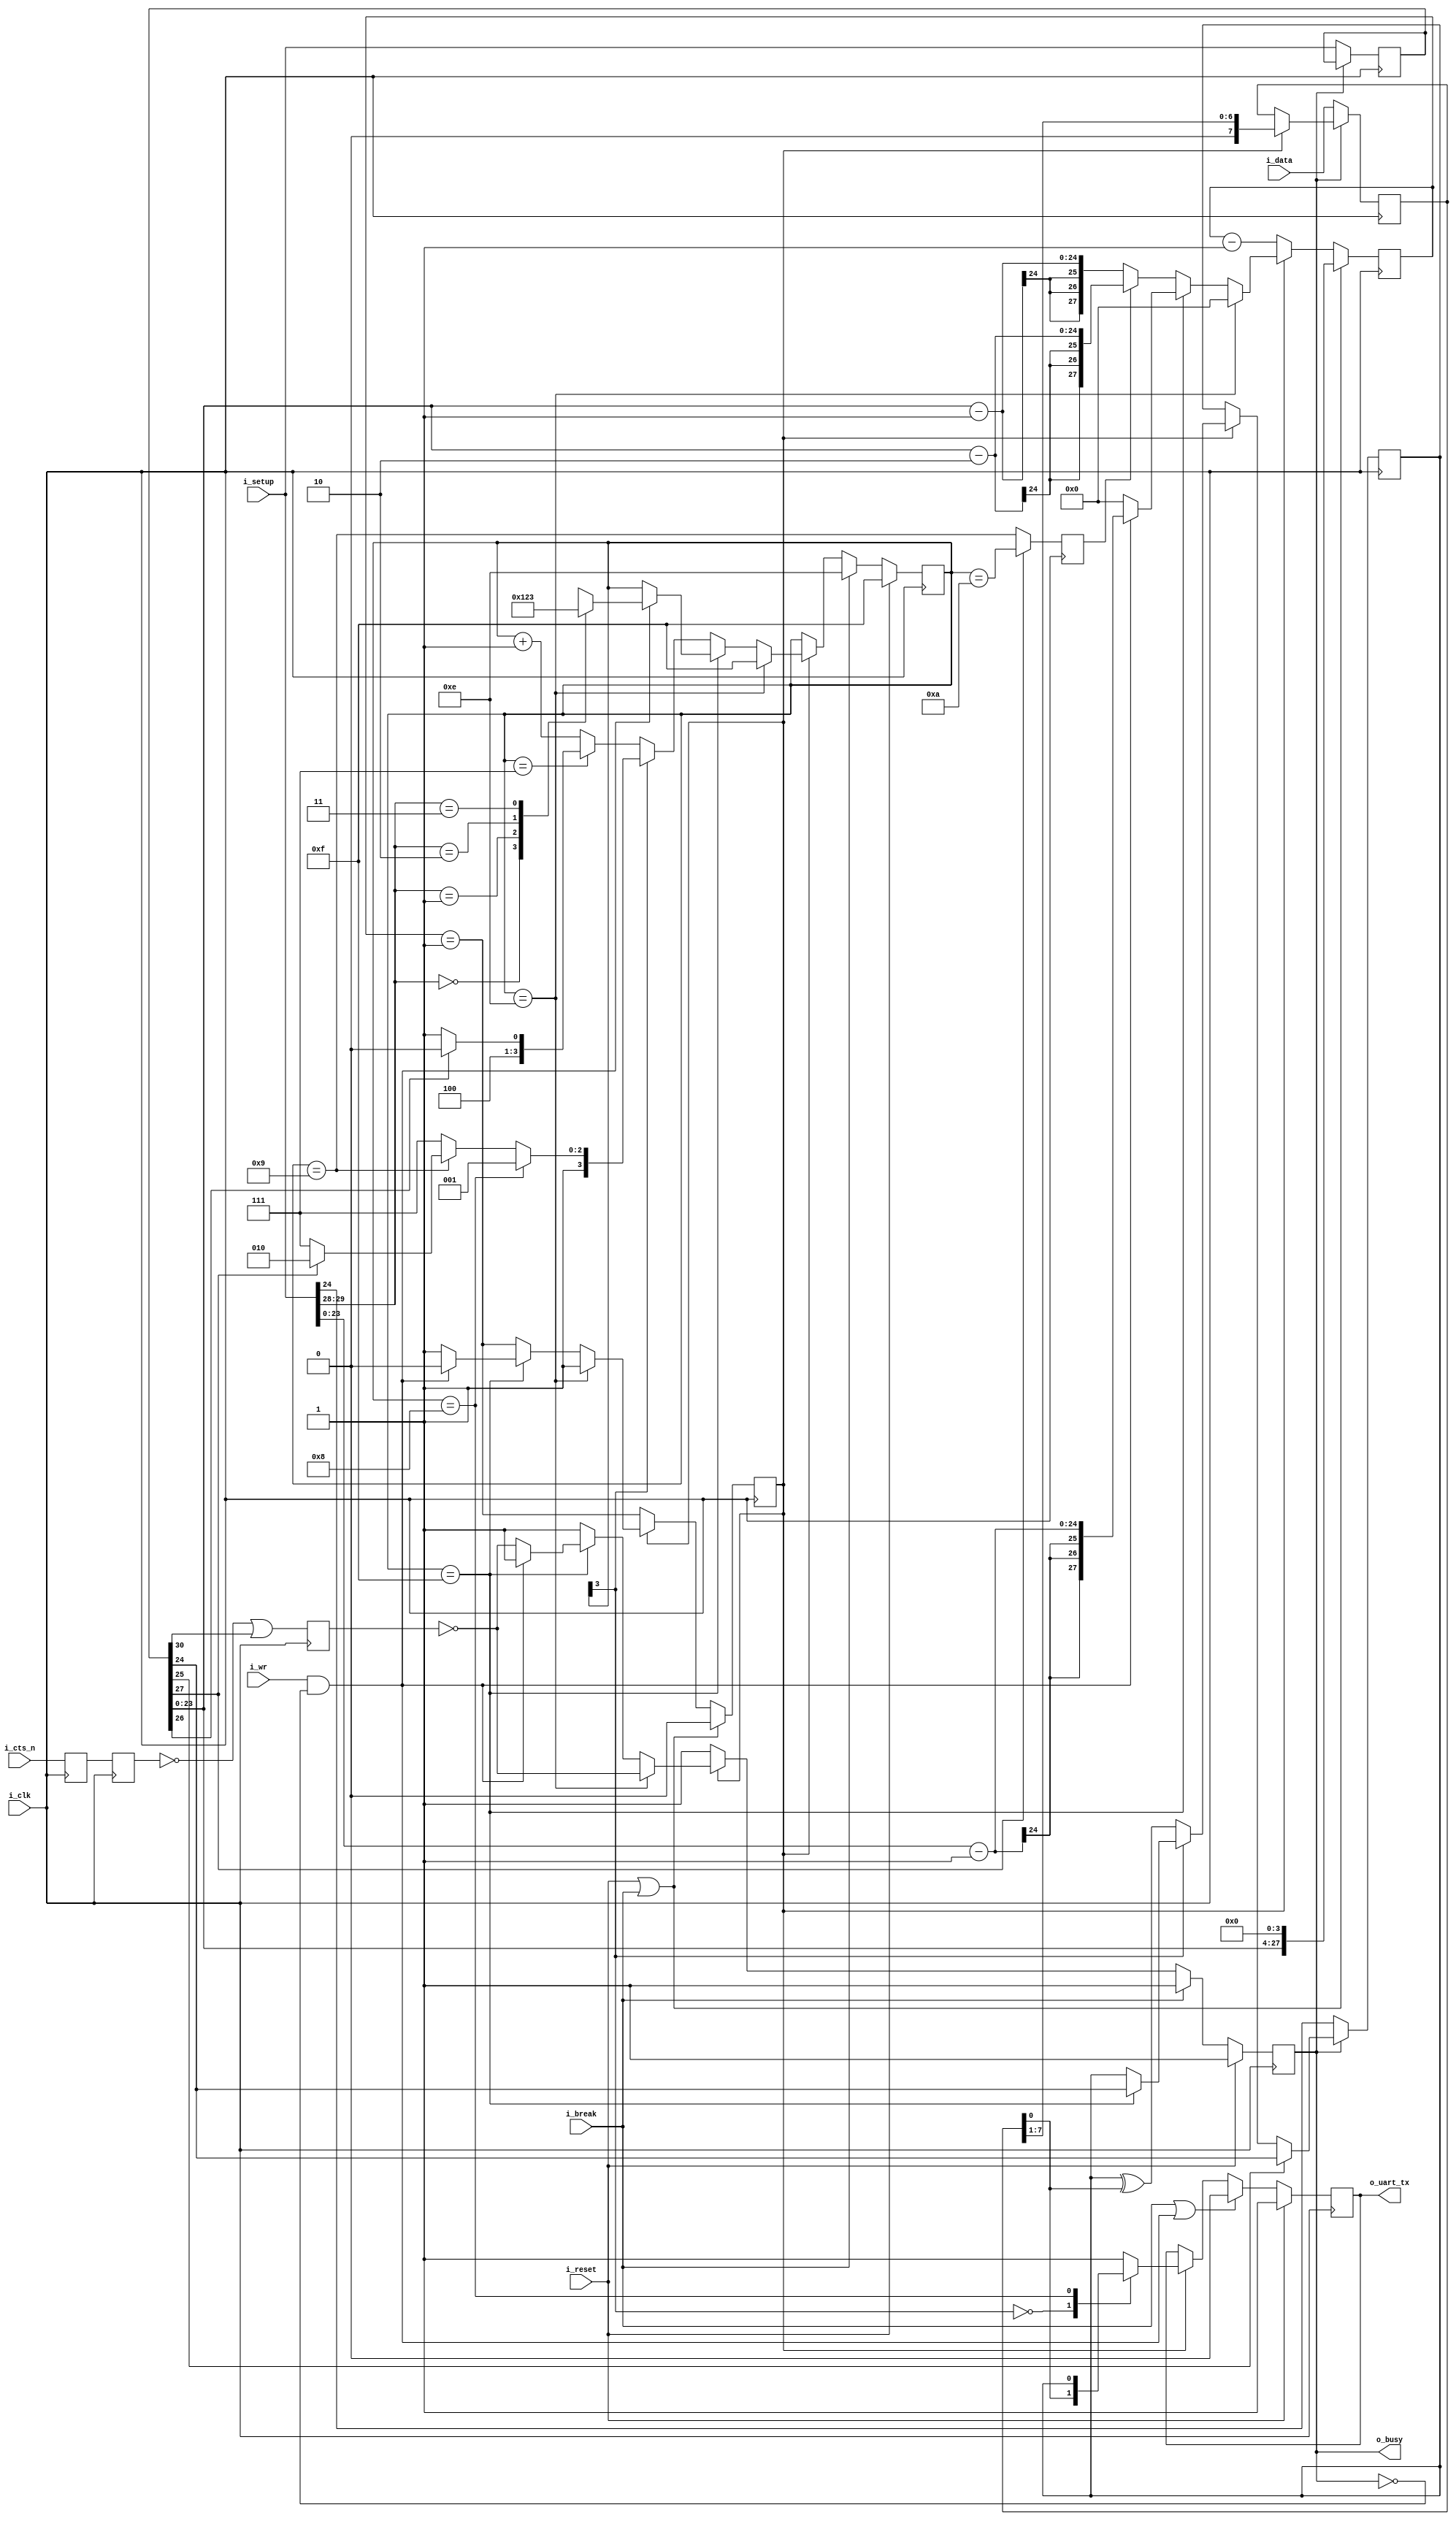
////////////////////////////////////////////////////////////////////////////////
//
//
// Project:	wbuart32, a full featured UART with simulator
//
// Purpose:	Transmit outputs over a single UART line.
//
//	To interface with this module, connect it to your system clock,
//	pass it the 32 bit setup register (defined below) and the byte
//	of data you wish to transmit.  Strobe the i_wr line high for one
//	clock cycle, and your data will be off.  Wait until the 'o_busy'
//	line is low before strobing the i_wr line again--this implementation
//	has NO BUFFER, so strobing i_wr while the core is busy will just
//	cause your data to be lost.  The output will be placed on the o_txuart
//	output line.  If you wish to set/send a break condition, assert the
//	i_break line otherwise leave it low.
//
//	There is a synchronous reset line, logic high.
//
//	Now for the setup register.  The register is 32 bits, so that this
//	UART may be set up over a 32-bit bus.
//
//	i_setup[30]	Set this to zero to use hardware flow control, and to
//		one to ignore hardware flow control.  Only works if the hardware
//		flow control has been properly wired.
//
//		If you don't want hardware flow control, fix the i_rts bit to
//		1'b1, and let the synthesys tools optimize out the logic.
//
//	i_setup[29:28]	Indicates the number of data bits per word.  This will
//		either be 2'b00 for an 8-bit word, 2'b01 for a 7-bit word, 2'b10
//		for a six bit word, or 2'b11 for a five bit word.
//
//	i_setup[27]	Indicates whether or not to use one or two stop bits.
//		Set this to one to expect two stop bits, zero for one.
//
//	i_setup[26]	Indicates whether or not a parity bit exists.  Set this
//		to 1'b1 to include parity.
//
//	i_setup[25]	Indicates whether or not the parity bit is fixed.  Set
//		to 1'b1 to include a fixed bit of parity, 1'b0 to allow the
//		parity to be set based upon data.  (Both assume the parity
//		enable value is set.)
//
//	i_setup[24]	This bit is ignored if parity is not used.  Otherwise,
//		in the case of a fixed parity bit, this bit indicates whether
//		mark (1'b1) or space (1'b0) parity is used.  Likewise if the
//		parity is not fixed, a 1'b1 selects even parity, and 1'b0
//		selects odd.
//
//	i_setup[23:0]	Indicates the speed of the UART in terms of clocks.
//		So, for example, if you have a 200 MHz clock and wish to
//		run your UART at 9600 baud, you would take 200 MHz and divide
//		by 9600 to set this value to 24'd20834.  Likewise if you wished
//		to run this serial port at 115200 baud from a 200 MHz clock,
//		you would set the value to 24'd1736
//
//	Thus, to set the UART for the common setting of an 8-bit word, 
//	one stop bit, no parity, and 115200 baud over a 200 MHz clock, you
//	would want to set the setup value to:
//
//	32'h0006c8		// For 115,200 baud, 8 bit, no parity
//	32'h005161		// For 9600 baud, 8 bit, no parity
//	
//
// Creator:	Dan Gisselquist, Ph.D.
//		Gisselquist Technology, LLC
//
////////////////////////////////////////////////////////////////////////////////
//
// Copyright (C) 2015-2019, Gisselquist Technology, LLC
//
// This program is free software (firmware): you can redistribute it and/or
// modify it under the terms of  the GNU General Public License as published
// by the Free Software Foundation, either version 3 of the License, or (at
// your option) any later version.
//
// This program is distributed in the hope that it will be useful, but WITHOUT
// ANY WARRANTY; without even the implied warranty of MERCHANTIBILITY or
// FITNESS FOR A PARTICULAR PURPOSE.  See the GNU General Public License
// for more details.
//
// You should have received a copy of the GNU General Public License along
// with this program.  (It's in the $(ROOT)/doc directory.  Run make with no
// target there if the PDF file isn't present.)  If not, see
// <http://www.gnu.org/licenses/> for a copy.
//
// License:	GPL, v3, as defined and found on www.gnu.org,
//		http://www.gnu.org/licenses/gpl.html
//
//
////////////////////////////////////////////////////////////////////////////////
//
//
`default_nettype	none
//
//
module txuart(i_clk, i_reset, i_setup, i_break, i_wr, i_data,
		i_cts_n, o_uart_tx, o_busy);
	parameter	[30:0]	INITIAL_SETUP = 31'd868;
	//
	localparam 	[3:0]	TXU_BIT_ZERO  = 4'h0;
	localparam 	[3:0]	TXU_BIT_ONE   = 4'h1;
	localparam 	[3:0]	TXU_BIT_TWO   = 4'h2;
	localparam 	[3:0]	TXU_BIT_THREE = 4'h3;
	localparam 	[3:0]	TXU_BIT_FOUR  = 4'h4;
	localparam 	[3:0]	TXU_BIT_FIVE  = 4'h5;
	localparam 	[3:0]	TXU_BIT_SIX   = 4'h6;
	localparam 	[3:0]	TXU_BIT_SEVEN = 4'h7;
	localparam 	[3:0]	TXU_PARITY    = 4'h8;
	localparam 	[3:0]	TXU_STOP      = 4'h9;
	localparam 	[3:0]	TXU_SECOND_STOP = 4'ha;
	//
	localparam 	[3:0]	TXU_BREAK     = 4'he;
	localparam 	[3:0]	TXU_IDLE      = 4'hf;
	//
	//
	input	wire		i_clk, i_reset;
	input	wire	[30:0]	i_setup;
	input	wire		i_break;
	input	wire		i_wr;
	input	wire	[7:0]	i_data;
	// Hardware flow control Ready-To-Send bit.  Set this to one to use
	// the core without flow control.  (A more appropriate name would be
	// the Ready-To-Receive bit ...)
	input	wire		i_cts_n;
	// And the UART input line itself
	output	reg		o_uart_tx;
	// A line to tell others when we are ready to accept data.  If
	// (i_wr)&&(!o_busy) is ever true, then the core has accepted a byte
	// for transmission.
	output	wire		o_busy;

	wire	[27:0]	clocks_per_baud, break_condition;
	wire	[1:0]	i_data_bits, data_bits;
	wire		use_parity, parity_odd, dblstop, fixd_parity,
			fixdp_value, hw_flow_control, i_parity_odd;
	reg	[30:0]	r_setup;
	assign	clocks_per_baud = { 4'h0, r_setup[23:0] };
	assign	break_condition = { r_setup[23:0], 4'h0 };
	assign	hw_flow_control = !r_setup[30];
	assign	i_data_bits     =  i_setup[29:28];
	assign	data_bits       =  r_setup[29:28];
	assign	dblstop         =  r_setup[27];
	assign	use_parity      =  r_setup[26];
	assign	fixd_parity     =  r_setup[25];
	assign	i_parity_odd    =  i_setup[24];
	assign	parity_odd      =  r_setup[24];
	assign	fixdp_value     =  r_setup[24];

	reg	[27:0]	baud_counter;
	reg	[3:0]	state;
	reg	[7:0]	lcl_data;
	reg		calc_parity, r_busy, zero_baud_counter, last_state;


	// First step ... handle any hardware flow control, if so enabled.
	//
	// Clock in the flow control data, two clocks to avoid metastability
	// Default to using hardware flow control (uart_setup[30]==0 to use it).
	// Set this high order bit off if you do not wish to use it.
	reg	q_cts_n, qq_cts_n, ck_cts;
	// While we might wish to give initial values to q_rts and ck_cts,
	// 1) it's not required since the transmitter starts in a long wait
	// state, and 2) doing so will prevent the synthesizer from optimizing
	// this pin in the case it is hard set to 1'b1 external to this
	// peripheral.
	//
	// initial	q_cts_n  = 1'b1;
	// initial	qq_cts_n = 1'b1;
	// initial	ck_cts   = 1'b0;
	always	@(posedge i_clk)
		{ qq_cts_n, q_cts_n } <= { q_cts_n, i_cts_n };
	always	@(posedge i_clk)
		ck_cts <= (!qq_cts_n)||(!hw_flow_control);

	initial	o_uart_tx = 1'b1;
	initial	r_busy = 1'b1;
	initial	state  = TXU_IDLE;
	always @(posedge i_clk)
	if (i_reset)
	begin
		r_busy <= 1'b1;
		state <= TXU_IDLE;
	end else if (i_break)
	begin
		state <= TXU_BREAK;
		r_busy <= 1'b1;
	end else if (!zero_baud_counter)
	begin // r_busy needs to be set coming into here
		r_busy <= 1'b1;
	end else if (state == TXU_BREAK)
	begin
		state <= TXU_IDLE;
		r_busy <= !ck_cts;
	end else if (state == TXU_IDLE)	// STATE_IDLE
	begin
		if ((i_wr)&&(!r_busy))
		begin	// Immediately start us off with a start bit
			r_busy <= 1'b1;
			case(i_data_bits)
			2'b00: state <= TXU_BIT_ZERO;
			2'b01: state <= TXU_BIT_ONE;
			2'b10: state <= TXU_BIT_TWO;
			2'b11: state <= TXU_BIT_THREE;
			endcase
		end else begin // Stay in idle
			r_busy <= !ck_cts;
		end
	end else begin
		// One clock tick in each of these states ...
		// baud_counter <= clocks_per_baud - 28'h01;
		r_busy <= 1'b1;
		if (state[3] == 0) // First 8 bits
		begin
			if (state == TXU_BIT_SEVEN)
				state <= (use_parity)? TXU_PARITY:TXU_STOP;
			else
				state <= state + 1;
		end else if (state == TXU_PARITY)
		begin
			state <= TXU_STOP;
		end else if (state == TXU_STOP)
		begin // two stop bit(s)
			if (dblstop)
				state <= TXU_SECOND_STOP;
			else
				state <= TXU_IDLE;
		end else // `TXU_SECOND_STOP and default:
		begin
			state <= TXU_IDLE; // Go back to idle
			// Still r_busy, since we need to wait
			// for the baud clock to finish counting
			// out this last bit.
		end
	end 

	// o_busy
	//
	// This is a wire, designed to be true is we are ever busy above.
	// originally, this was going to be true if we were ever not in the
	// idle state.  The logic has since become more complex, hence we have
	// a register dedicated to this and just copy out that registers value.
	assign	o_busy = (r_busy);


	// r_setup
	//
	// Our setup register.  Accept changes between any pair of transmitted
	// words.  The register itself has many fields to it.  These are
	// broken out up top, and indicate what 1) our baud rate is, 2) our
	// number of stop bits, 3) what type of parity we are using, and 4)
	// the size of our data word.
	initial	r_setup = INITIAL_SETUP;
	always @(posedge i_clk)
	if (!o_busy)
		r_setup <= i_setup;

	// lcl_data
	//
	// This is our working copy of the i_data register which we use
	// when transmitting.  It is only of interest during transmit, and is
	// allowed to be whatever at any other time.  Hence, if r_busy isn't
	// true, we can always set it.  On the one clock where r_busy isn't
	// true and i_wr is, we set it and r_busy is true thereafter.
	// Then, on any zero_baud_counter (i.e. change between baud intervals)
	// we simple logically shift the register right to grab the next bit.
	initial	lcl_data = 8'hff;
	always @(posedge i_clk)
	if (!r_busy)
		lcl_data <= i_data;
	else if (zero_baud_counter)
		lcl_data <= { 1'b0, lcl_data[7:1] };

	// o_uart_tx
	//
	// This is the final result/output desired of this core.  It's all
	// centered about o_uart_tx.  This is what finally needs to follow
	// the UART protocol.
	//
	// Ok, that said, our rules are:
	//	1'b0 on any break condition
	//	1'b0 on a start bit (IDLE, write, and not busy)
	//	lcl_data[0] during any data transfer, but only at the baud
	//		change
	//	PARITY -- During the parity bit.  This depends upon whether or
	//		not the parity bit is fixed, then what it's fixed to,
	//		or changing, and hence what it's calculated value is.
	//	1'b1 at all other times (stop bits, idle, etc)
	always @(posedge i_clk)
	if (i_reset)
		o_uart_tx <= 1'b1;
	else if ((i_break)||((i_wr)&&(!r_busy)))
		o_uart_tx <= 1'b0;
	else if (zero_baud_counter)
		casez(state)
		4'b0???:	o_uart_tx <= lcl_data[0];
		TXU_PARITY:	o_uart_tx <= calc_parity;
		default:	o_uart_tx <= 1'b1;
		endcase


	// calc_parity
	//
	// Calculate the parity to be placed into the parity bit.  If the
	// parity is fixed, then the parity bit is given by the fixed parity
	// value (r_setup[24]).  Otherwise the parity is given by the GF2
	// sum of all the data bits (plus one for even parity).
	initial	calc_parity = 1'b0;
	always @(posedge i_clk)
	if (!o_busy)
		calc_parity <= i_setup[24];
	else if (fixd_parity)
		calc_parity <= fixdp_value;
	else if (zero_baud_counter)
	begin
		if (state[3] == 0) // First 8 bits of msg
			calc_parity <= calc_parity ^ lcl_data[0];
		else if (state == TXU_IDLE)
			calc_parity <= parity_odd;
	end else if (!r_busy)
		calc_parity <= parity_odd;


	// All of the above logic is driven by the baud counter.  Bits must last
	// clocks_per_baud in length, and this baud counter is what we use to
	// make certain of that.
	//
	// The basic logic is this: at the beginning of a bit interval, start
	// the baud counter and set it to count clocks_per_baud.  When it gets
	// to zero, restart it.
	//
	// However, comparing a 28'bit number to zero can be rather complex--
	// especially if we wish to do anything else on that same clock.  For
	// that reason, we create "zero_baud_counter".  zero_baud_counter is
	// nothing more than a flag that is true anytime baud_counter is zero.
	// It's true when the logic (above) needs to step to the next bit.
	// Simple enough?
	//
	// I wish we could stop there, but there are some other (ugly)
	// conditions to deal with that offer exceptions to this basic logic.
	//
	// 1. When the user has commanded a BREAK across the line, we need to
	// wait several baud intervals following the break before we start
	// transmitting, to give any receiver a chance to recognize that we are
	// out of the break condition, and to know that the next bit will be
	// a stop bit.
	//
	// 2. A reset is similar to a break condition--on both we wait several
	// baud intervals before allowing a start bit.
	//
	// 3. In the idle state, we stop our counter--so that upon a request
	// to transmit when idle we can start transmitting immediately, rather
	// than waiting for the end of the next (fictitious and arbitrary) baud
	// interval.
	//
	// When (i_wr)&&(!r_busy)&&(state == TXU_IDLE) then we're not only in
	// the idle state, but we also just accepted a command to start writing
	// the next word.  At this point, the baud counter needs to be reset
	// to the number of clocks per baud, and zero_baud_counter set to zero.
	//
	// The logic is a bit twisted here, in that it will only check for the
	// above condition when zero_baud_counter is false--so as to make
	// certain the STOP bit is complete.
	initial	zero_baud_counter = 1'b0;
	initial	baud_counter = 28'h05;
	always @(posedge i_clk)
	begin
		zero_baud_counter <= (baud_counter == 28'h01);
		if ((i_reset)||(i_break))
		begin
			// Give ourselves 16 bauds before being ready
			baud_counter <= break_condition;
			zero_baud_counter <= 1'b0;
		end else if (!zero_baud_counter)
			baud_counter <= baud_counter - 28'h01;
		else if (state == TXU_BREAK)
		begin
			baud_counter <= 0;
			zero_baud_counter <= 1'b1;
		end else if (state == TXU_IDLE)
		begin
			baud_counter <= 28'h0;
			zero_baud_counter <= 1'b1;
			if ((i_wr)&&(!r_busy))
			begin
				baud_counter <= { 4'h0, i_setup[23:0]} - 28'h01;
				zero_baud_counter <= 1'b0;
			end
		end else if (last_state)
			baud_counter <= clocks_per_baud - 28'h02;
		else
			baud_counter <= clocks_per_baud - 28'h01;
	end

	initial	last_state = 1'b0;
	always @(posedge i_clk)
	if (dblstop)
		last_state <= (state == TXU_SECOND_STOP);
	else
		last_state <= (state == TXU_STOP);

`ifdef	FORMAL
	reg		fsv_parity;
	reg	[30:0]	fsv_setup;
	reg	[7:0]	fsv_data;
	reg		f_past_valid;

	initial	f_past_valid = 1'b0;
	always @(posedge  i_clk)
		f_past_valid <= 1'b1;

	always @(posedge i_clk)
	if ((i_wr)&&(!o_busy))
		fsv_data <= i_data;

	initial	fsv_setup = INITIAL_SETUP;
	always @(posedge i_clk)
	if (!o_busy)
		fsv_setup <= i_setup;

	always @(*)
		assert(r_setup == fsv_setup);


	always @(posedge i_clk)
		assert(zero_baud_counter == (baud_counter == 0));

	always @(*)
	if (!o_busy)
		assert(zero_baud_counter);

	/*
	*
	* Will only pass if !i_break && !i_reset, otherwise the setup can
	* change in the middle of this operation
	*
	always @(posedge i_clk)
	if ((f_past_valid)&&(!$past(i_reset))&&(!$past(i_break))
			&&(($past(o_busy))||($past(i_wr))))
		assert(baud_counter <= { fsv_setup[23:0], 4'h0 });
	*/

	// A single baud interval
	always @(posedge i_clk)
	if ((f_past_valid)&&(!$past(zero_baud_counter))
		&&(!$past(i_reset))&&(!$past(i_break)))
	begin
		assert($stable(o_uart_tx));
		assert($stable(state));
		assert($stable(lcl_data));
		if ((state != TXU_IDLE)&&(state != TXU_BREAK))
			assert($stable(calc_parity));
		assert(baud_counter == $past(baud_counter)-1'b1);
	end

	//
	// Our various sequence data declarations
	reg	[5:0]	f_five_seq;
	reg	[6:0]	f_six_seq;
	reg	[7:0]	f_seven_seq;
	reg	[8:0]	f_eight_seq;
	reg	[2:0]	f_stop_seq;	// parity bit, stop bit, double stop bit


	//
	// One byte transmitted
	//
	// DATA = the byte that is sent
	// CKS  = the number of clocks per bit
	//
	////////////////////////////////////////////////////////////////////////
	//
	// Five bit data
	//
	////////////////////////////////////////////////////////////////////////

	initial	f_five_seq = 0;
	always @(posedge i_clk)
	if ((i_reset)||(i_break))
		f_five_seq = 0;
	else if ((state == TXU_IDLE)&&(i_wr)&&(!o_busy)
			&&(i_data_bits == 2'b11)) // five data bits
		f_five_seq <= 1;
	else if (zero_baud_counter)
		f_five_seq <= f_five_seq << 1;

	always @(*)
	if (|f_five_seq)
	begin
		assert(fsv_setup[29:28] == data_bits);
		assert(data_bits == 2'b11);
		assert(baud_counter < fsv_setup[23:0]);

		assert(1'b0 == |f_six_seq);
		assert(1'b0 == |f_seven_seq);
		assert(1'b0 == |f_eight_seq);
		assert(r_busy);
		assert(state > 4'h2);
	end

	always @(*)
	case(f_five_seq)
	6'h00: begin assert(1); end
	6'h01: begin
		assert(state == 4'h3);
		assert(o_uart_tx == 1'b0);
		assert(lcl_data[4:0] == fsv_data[4:0]);
		if (!fixd_parity)
			assert(calc_parity == parity_odd);
	end
	6'h02: begin
		assert(state == 4'h4);
		assert(o_uart_tx == fsv_data[0]);
		assert(lcl_data[3:0] == fsv_data[4:1]);
		if (!fixd_parity)
			assert(calc_parity == fsv_data[0] ^ parity_odd);
	end
	6'h04: begin
		assert(state == 4'h5);
		assert(o_uart_tx == fsv_data[1]);
		assert(lcl_data[2:0] == fsv_data[4:2]);
		if (!fixd_parity)
			assert(calc_parity == (^fsv_data[1:0]) ^ parity_odd);
	end
	6'h08: begin
		assert(state == 4'h6);
		assert(o_uart_tx == fsv_data[2]);
		assert(lcl_data[1:0] == fsv_data[4:3]);
		if (!fixd_parity)
			assert(calc_parity == (^fsv_data[2:0]) ^ parity_odd);
	end
	6'h10: begin
		assert(state == 4'h7);
		assert(o_uart_tx == fsv_data[3]);
		assert(lcl_data[0] == fsv_data[4]);
		if (!fixd_parity)
			assert(calc_parity == (^fsv_data[3:0]) ^ parity_odd);
	end
	6'h20: begin
		if (use_parity)
			assert(state == 4'h8);
		else
			assert(state == 4'h9);
		assert(o_uart_tx == fsv_data[4]);
		if (!fixd_parity)
			assert(calc_parity == (^fsv_data[4:0]) ^ parity_odd);
	end
	default: begin assert(0); end
	endcase

	////////////////////////////////////////////////////////////////////////
	//
	// Six bit data
	//
	////////////////////////////////////////////////////////////////////////

	initial	f_six_seq = 0;
	always @(posedge i_clk)
	if ((i_reset)||(i_break))
		f_six_seq = 0;
	else if ((state == TXU_IDLE)&&(i_wr)&&(!o_busy)
			&&(i_data_bits == 2'b10)) // six data bits
		f_six_seq <= 1;
	else if (zero_baud_counter)
		f_six_seq <= f_six_seq << 1;

	always @(*)
	if (|f_six_seq)
	begin
		assert(fsv_setup[29:28] == 2'b10);
		assert(fsv_setup[29:28] == data_bits);
		assert(baud_counter < fsv_setup[23:0]);

		assert(1'b0 == |f_five_seq);
		assert(1'b0 == |f_seven_seq);
		assert(1'b0 == |f_eight_seq);
		assert(r_busy);
		assert(state > 4'h1);
	end

	always @(*)
	case(f_six_seq)
	7'h00: begin assert(1); end
	7'h01: begin
		assert(state == 4'h2);
		assert(o_uart_tx == 1'b0);
		assert(lcl_data[5:0] == fsv_data[5:0]);
		if (!fixd_parity)
			assert(calc_parity == parity_odd);
	end
	7'h02: begin
		assert(state == 4'h3);
		assert(o_uart_tx == fsv_data[0]);
		assert(lcl_data[4:0] == fsv_data[5:1]);
		if (!fixd_parity)
			assert(calc_parity == fsv_data[0] ^ parity_odd);
	end
	7'h04: begin
		assert(state == 4'h4);
		assert(o_uart_tx == fsv_data[1]);
		assert(lcl_data[3:0] == fsv_data[5:2]);
		if (!fixd_parity)
			assert(calc_parity == (^fsv_data[1:0]) ^ parity_odd);
	end
	7'h08: begin
		assert(state == 4'h5);
		assert(o_uart_tx == fsv_data[2]);
		assert(lcl_data[2:0] == fsv_data[5:3]);
		if (!fixd_parity)
			assert(calc_parity == (^fsv_data[2:0]) ^ parity_odd);
	end
	7'h10: begin
		assert(state == 4'h6);
		assert(o_uart_tx == fsv_data[3]);
		assert(lcl_data[1:0] == fsv_data[5:4]);
		if (!fixd_parity)
			assert(calc_parity == (^fsv_data[3:0]) ^ parity_odd);
	end
	7'h20: begin
		assert(state == 4'h7);
		assert(lcl_data[0] == fsv_data[5]);
		assert(o_uart_tx == fsv_data[4]);
		if (!fixd_parity)
			assert(calc_parity == ((^fsv_data[4:0]) ^ parity_odd));
	end
	7'h40: begin
		if (use_parity)
			assert(state == 4'h8);
		else
			assert(state == 4'h9);
		assert(o_uart_tx == fsv_data[5]);
		if (!fixd_parity)
			assert(calc_parity == ((^fsv_data[5:0]) ^ parity_odd));
	end
	default: begin if (f_past_valid) assert(0); end
	endcase

	////////////////////////////////////////////////////////////////////////
	//
	// Seven bit data
	//
	////////////////////////////////////////////////////////////////////////
	initial	f_seven_seq = 0;
	always @(posedge i_clk)
	if ((i_reset)||(i_break))
		f_seven_seq = 0;
	else if ((state == TXU_IDLE)&&(i_wr)&&(!o_busy)
			&&(i_data_bits == 2'b01)) // seven data bits
		f_seven_seq <= 1;
	else if (zero_baud_counter)
		f_seven_seq <= f_seven_seq << 1;

	always @(*)
	if (|f_seven_seq)
	begin
		assert(fsv_setup[29:28] == 2'b01);
		assert(fsv_setup[29:28] == data_bits);
		assert(baud_counter < fsv_setup[23:0]);

		assert(1'b0 == |f_five_seq);
		assert(1'b0 == |f_six_seq);
		assert(1'b0 == |f_eight_seq);
		assert(r_busy);
		assert(state != 4'h0);
	end

	always @(*)
	case(f_seven_seq)
	8'h00: begin assert(1); end
	8'h01: begin
		assert(state == 4'h1);
		assert(o_uart_tx == 1'b0);
		assert(lcl_data[6:0] == fsv_data[6:0]);
		if (!fixd_parity)
			assert(calc_parity == parity_odd);
	end
	8'h02: begin
		assert(state == 4'h2);
		assert(o_uart_tx == fsv_data[0]);
		assert(lcl_data[5:0] == fsv_data[6:1]);
		if (!fixd_parity)
			assert(calc_parity == fsv_data[0] ^ parity_odd);
	end
	8'h04: begin
		assert(state == 4'h3);
		assert(o_uart_tx == fsv_data[1]);
		assert(lcl_data[4:0] == fsv_data[6:2]);
		if (!fixd_parity)
			assert(calc_parity == (^fsv_data[1:0]) ^ parity_odd);
	end
	8'h08: begin
		assert(state == 4'h4);
		assert(o_uart_tx == fsv_data[2]);
		assert(lcl_data[3:0] == fsv_data[6:3]);
		if (!fixd_parity)
			assert(calc_parity == (^fsv_data[2:0]) ^ parity_odd);
	end
	8'h10: begin
		assert(state == 4'h5);
		assert(o_uart_tx == fsv_data[3]);
		assert(lcl_data[2:0] == fsv_data[6:4]);
		if (!fixd_parity)
			assert(calc_parity == (^fsv_data[3:0]) ^ parity_odd);
	end
	8'h20: begin
		assert(state == 4'h6);
		assert(o_uart_tx == fsv_data[4]);
		assert(lcl_data[1:0] == fsv_data[6:5]);
		if (!fixd_parity)
			assert(calc_parity == ((^fsv_data[4:0]) ^ parity_odd));
	end
	8'h40: begin
		assert(state == 4'h7);
		assert(lcl_data[0] == fsv_data[6]);
		assert(o_uart_tx == fsv_data[5]);
		if (!fixd_parity)
			assert(calc_parity == ((^fsv_data[5:0]) ^ parity_odd));
	end
	8'h80: begin
		if (use_parity)
			assert(state == 4'h8);
		else
			assert(state == 4'h9);
		assert(o_uart_tx == fsv_data[6]);
		if (!fixd_parity)
			assert(calc_parity == ((^fsv_data[6:0]) ^ parity_odd));
	end
	default: begin if (f_past_valid) assert(0); end
	endcase


	////////////////////////////////////////////////////////////////////////
	//
	// Eight bit data
	//
	////////////////////////////////////////////////////////////////////////
	initial	f_eight_seq = 0;
	always @(posedge i_clk)
	if ((i_reset)||(i_break))
		f_eight_seq = 0;
	else if ((state == TXU_IDLE)&&(i_wr)&&(!o_busy)
			&&(i_data_bits == 2'b00)) // Eight data bits
		f_eight_seq <= 1;
	else if (zero_baud_counter)
		f_eight_seq <= f_eight_seq << 1;

	always @(*)
	if (|f_eight_seq)
	begin
		assert(fsv_setup[29:28] == 2'b00);
		assert(fsv_setup[29:28] == data_bits);
		assert(baud_counter < { 6'h0, fsv_setup[23:0]});

		assert(1'b0 == |f_five_seq);
		assert(1'b0 == |f_six_seq);
		assert(1'b0 == |f_seven_seq);
		assert(r_busy);
	end

	always @(*)
	case(f_eight_seq)
	9'h000: begin assert(1); end
	9'h001: begin
		assert(state == 4'h0);
		assert(o_uart_tx == 1'b0);
		assert(lcl_data[7:0] == fsv_data[7:0]);
		if (!fixd_parity)
			assert(calc_parity == parity_odd);
	end
	9'h002: begin
		assert(state == 4'h1);
		assert(o_uart_tx == fsv_data[0]);
		assert(lcl_data[6:0] == fsv_data[7:1]);
		if (!fixd_parity)
			assert(calc_parity == fsv_data[0] ^ parity_odd);
	end
	9'h004: begin
		assert(state == 4'h2);
		assert(o_uart_tx == fsv_data[1]);
		assert(lcl_data[5:0] == fsv_data[7:2]);
		if (!fixd_parity)
			assert(calc_parity == (^fsv_data[1:0]) ^ parity_odd);
	end
	9'h008: begin
		assert(state == 4'h3);
		assert(o_uart_tx == fsv_data[2]);
		assert(lcl_data[4:0] == fsv_data[7:3]);
		if (!fixd_parity)
			assert(calc_parity == (^fsv_data[2:0]) ^ parity_odd);
	end
	9'h010: begin
		assert(state == 4'h4);
		assert(o_uart_tx == fsv_data[3]);
		assert(lcl_data[3:0] == fsv_data[7:4]);
		if (!fixd_parity)
			assert(calc_parity == (^fsv_data[3:0]) ^ parity_odd);
	end
	9'h020: begin
		assert(state == 4'h5);
		assert(o_uart_tx == fsv_data[4]);
		assert(lcl_data[2:0] == fsv_data[7:5]);
		if (!fixd_parity)
			assert(calc_parity == (^fsv_data[4:0]) ^ parity_odd);
	end
	9'h040: begin
		assert(state == 4'h6);
		assert(o_uart_tx == fsv_data[5]);
		assert(lcl_data[1:0] == fsv_data[7:6]);
		if (!fixd_parity)
			assert(calc_parity == (^fsv_data[5:0]) ^ parity_odd);
	end
	9'h080: begin
		assert(state == 4'h7);
		assert(o_uart_tx == fsv_data[6]);
		assert(lcl_data[0] == fsv_data[7]);
		if (!fixd_parity)
			assert(calc_parity == ((^fsv_data[6:0]) ^ parity_odd));
	end
	9'h100: begin
		if (use_parity)
			assert(state == 4'h8);
		else
			assert(state == 4'h9);
		assert(o_uart_tx == fsv_data[7]);
		if (!fixd_parity)
			assert(calc_parity == ((^fsv_data[7:0]) ^ parity_odd));
	end
	default: begin if (f_past_valid) assert(0); end
	endcase

	////////////////////////////////////////////////////////////////////////
	//
	// Combined properties for all of the data sequences
	//
	////////////////////////////////////////////////////////////////////////
	always @(posedge i_clk)
	if (((|f_five_seq[5:0]) || (|f_six_seq[6:0]) || (|f_seven_seq[7:0])
			|| (|f_eight_seq[8:0]))
		&& ($past(zero_baud_counter)))
		assert(baud_counter == { 4'h0, fsv_setup[23:0] }-1);


	////////////////////////////////////////////////////////////////////////
	//
	// The stop sequence
	//
	// This consists of any parity bit, as well as one or two stop bits
	////////////////////////////////////////////////////////////////////////
	initial	f_stop_seq = 1'b0;
	always @(posedge i_clk)
	if ((i_reset)||(i_break))
		f_stop_seq <= 0;
	else if (zero_baud_counter)
	begin
		f_stop_seq <= 0;
		if (f_stop_seq[0]) // Coming from a parity bit
		begin
			if (dblstop)
				f_stop_seq[1] <= 1'b1;
			else
				f_stop_seq[2] <= 1'b1;
		end

		if (f_stop_seq[1])
			f_stop_seq[2] <= 1'b1;

		if (f_eight_seq[8] | f_seven_seq[7] | f_six_seq[6]
			| f_five_seq[5])
		begin
			if (use_parity)
				f_stop_seq[0] <= 1'b1;
			else if (dblstop)
				f_stop_seq[1] <= 1'b1;
			else
				f_stop_seq[2] <= 1'b1;
		end
	end

	always @(*)
	if (|f_stop_seq)
	begin
		assert(1'b0 == |f_five_seq[4:0]);
		assert(1'b0 == |f_six_seq[5:0]);
		assert(1'b0 == |f_seven_seq[6:0]);
		assert(1'b0 == |f_eight_seq[7:0]);

		assert(r_busy);
	end

	always @(*)
	if (f_stop_seq[0])
	begin
		// 9 if dblstop and use_parity
		if (dblstop)
			assert(state == TXU_STOP);
		else
			assert(state == TXU_STOP);
		assert(use_parity);
		assert(o_uart_tx == fsv_parity);
	end
		
	always @(*)
	if (f_stop_seq[1])
	begin
		// if (!use_parity)
		assert(state == TXU_SECOND_STOP);
		assert(dblstop);
		assert(o_uart_tx);
	end

	always @(*)
	if (f_stop_seq[2])
	begin
		assert(state == 4'hf);
		assert(o_uart_tx);
		assert(baud_counter < fsv_setup[23:0]-1'b1);
	end
		

	always @(*)
	if (fsv_setup[25])
		fsv_parity <= fsv_setup[24];
	else
		case(fsv_setup[29:28])
		2'b00: fsv_parity = (^fsv_data[7:0]) ^ fsv_setup[24];
		2'b01: fsv_parity = (^fsv_data[6:0]) ^ fsv_setup[24];
		2'b10: fsv_parity = (^fsv_data[5:0]) ^ fsv_setup[24];
		2'b11: fsv_parity = (^fsv_data[4:0]) ^ fsv_setup[24];
		endcase

	//////////////////////////////////////////////////////////////////////
	//
	// The break sequence
	//
	//////////////////////////////////////////////////////////////////////
	reg	[1:0]	f_break_seq;
	initial	f_break_seq = 2'b00;
	always @(posedge i_clk)
	if (i_reset)
		f_break_seq <= 2'b00;
	else if (i_break)
		f_break_seq <= 2'b01;
	else if (!zero_baud_counter)
		f_break_seq <= { |f_break_seq, 1'b0 };
	else
		f_break_seq <= 0;

	always @(posedge i_clk)
	if (f_break_seq[0])
		assert(baud_counter == { $past(fsv_setup[23:0]), 4'h0 });
	always @(posedge i_clk)
	if ((f_past_valid)&&($past(f_break_seq[1]))&&(state != TXU_BREAK))
	begin
		assert(state == TXU_IDLE);
		assert(o_uart_tx == 1'b1);
	end

	always @(*)
	if (|f_break_seq)
	begin
		assert(state == TXU_BREAK);
		assert(r_busy);
		assert(o_uart_tx == 1'b0);
	end

	//////////////////////////////////////////////////////////////////////
	//
	// Properties for use during induction if we are made a submodule of
	// the rxuart
	//
	//////////////////////////////////////////////////////////////////////

	// Need enough bits for reset (24+4) plus enough bits for all of the
	// various characters, 24+4, so 24+5 is a minimum of this counter
	//
`ifndef	TXUART
	reg	[28:0]		f_counter;
	initial	f_counter = 0;
	always @(posedge i_clk)
	if (!o_busy)
		f_counter <= 1'b0;
	else
		f_counter <= f_counter + 1'b1;

	always @(*)
	if (f_five_seq[0]|f_six_seq[0]|f_seven_seq[0]|f_eight_seq[0])
		assert(f_counter == (fsv_setup[23:0] - baud_counter - 1));
	else if (f_five_seq[1]|f_six_seq[1]|f_seven_seq[1]|f_eight_seq[1])
		assert(f_counter == ({4'h0, fsv_setup[23:0], 1'b0} - baud_counter - 1));
	else if (f_five_seq[2]|f_six_seq[2]|f_seven_seq[2]|f_eight_seq[2])
		assert(f_counter == ({4'h0, fsv_setup[23:0], 1'b0}
				+{5'h0, fsv_setup[23:0]}
				- baud_counter - 1));
	else if (f_five_seq[3]|f_six_seq[3]|f_seven_seq[3]|f_eight_seq[3])
		assert(f_counter == ({3'h0, fsv_setup[23:0], 2'b0}
				- baud_counter - 1));
	else if (f_five_seq[4]|f_six_seq[4]|f_seven_seq[4]|f_eight_seq[4])
		assert(f_counter == ({3'h0, fsv_setup[23:0], 2'b0}
				+{5'h0, fsv_setup[23:0]}
				- baud_counter - 1));
	else if (f_five_seq[5]|f_six_seq[5]|f_seven_seq[5]|f_eight_seq[5])
		assert(f_counter == ({3'h0, fsv_setup[23:0], 2'b0}
				+{4'h0, fsv_setup[23:0], 1'b0}
				- baud_counter - 1));
	else if (f_six_seq[6]|f_seven_seq[6]|f_eight_seq[6])
		assert(f_counter == ({3'h0, fsv_setup[23:0], 2'b0}
				+{5'h0, fsv_setup[23:0]}
				+{4'h0, fsv_setup[23:0], 1'b0}
				- baud_counter - 1));
	else if (f_seven_seq[7]|f_eight_seq[7])
		assert(f_counter == ({2'h0, fsv_setup[23:0], 3'b0}	// 8
				- baud_counter - 1));
	else if (f_eight_seq[8])
		assert(f_counter == ({2'h0, fsv_setup[23:0], 3'b0}	// 9
				+{5'h0, fsv_setup[23:0]}
				- baud_counter - 1));
	else if (f_stop_seq[0] || (!use_parity && f_stop_seq[1]))
	begin
		// Parity bit, or first of two stop bits
		case(data_bits)
		2'b00: assert(f_counter == ({2'h0, fsv_setup[23:0], 3'b0}
				+{4'h0, fsv_setup[23:0], 1'b0} // 10
				- baud_counter - 1));
		2'b01: assert(f_counter == ({2'h0, fsv_setup[23:0], 3'b0}
				+{5'h0, fsv_setup[23:0]} // 9
				- baud_counter - 1));
		2'b10: assert(f_counter == ({2'h0, fsv_setup[23:0], 3'b0}
				- baud_counter - 1)); // 8
		2'b11: assert(f_counter == ({3'h0, fsv_setup[23:0], 2'b0}
				+{5'h0, fsv_setup[23:0]}	// 7
				+{4'h0, fsv_setup[23:0], 1'b0}
				- baud_counter - 1));
		endcase
	end else if (!use_parity && !dblstop  && f_stop_seq[2])
	begin
		// No parity, single stop bit
		// Different from the one above, since the last counter is has
		// one fewer items within it
		case(data_bits)
		2'b00: assert(f_counter == ({2'h0, fsv_setup[23:0], 3'b0}
				+{4'h0, fsv_setup[23:0], 1'b0} // 10
				- baud_counter - 2));
		2'b01: assert(f_counter == ({2'h0, fsv_setup[23:0], 3'b0}
				+{5'h0, fsv_setup[23:0]} // 9
				- baud_counter - 2));
		2'b10: assert(f_counter == ({2'h0, fsv_setup[23:0], 3'b0}
				- baud_counter - 2)); // 8
		2'b11: assert(f_counter == ({3'h0, fsv_setup[23:0], 2'b0}
				+{5'h0, fsv_setup[23:0]}	// 7
				+{4'h0, fsv_setup[23:0], 1'b0}
				- baud_counter - 2));
		endcase
	end else if (f_stop_seq[1])
	begin
		// Parity and the first of two stop bits
		assert(dblstop && use_parity);
		case(data_bits)
		2'b00: assert(f_counter == ({2'h0, fsv_setup[23:0], 3'b0}
				+{5'h0, fsv_setup[23:0]}	// 11
				+{4'h0, fsv_setup[23:0], 1'b0}
				- baud_counter - 1));
		2'b01: assert(f_counter == ({2'h0, fsv_setup[23:0], 3'b0}
				+{4'h0, fsv_setup[23:0], 1'b0} // 10
				- baud_counter - 1));
		2'b10: assert(f_counter == ({2'h0, fsv_setup[23:0], 3'b0}
				+{5'h0, fsv_setup[23:0]}	// 9
				- baud_counter - 1));
		2'b11: assert(f_counter == ({2'h0, fsv_setup[23:0], 3'b0}
				- baud_counter - 1));		// 8
		endcase
	end else if ((dblstop ^ use_parity) && f_stop_seq[2])
	begin
		// Parity and one stop bit
		// assert(!dblstop && use_parity);
		case(data_bits)
		2'b00: assert(f_counter == ({2'h0, fsv_setup[23:0], 3'b0}
				+{5'h0, fsv_setup[23:0]}	// 11
				+{4'h0, fsv_setup[23:0], 1'b0}
				- baud_counter - 2));
		2'b01: assert(f_counter == ({2'h0, fsv_setup[23:0], 3'b0}
				+{4'h0, fsv_setup[23:0], 1'b0} // 10
				- baud_counter - 2));
		2'b10: assert(f_counter == ({2'h0, fsv_setup[23:0], 3'b0}
				+{5'h0, fsv_setup[23:0]}	// 9
				- baud_counter - 2));
		2'b11: assert(f_counter == ({2'h0, fsv_setup[23:0], 3'b0}
				- baud_counter - 2));		// 8
		endcase
	end else if (f_stop_seq[2])
	begin
		assert(dblstop);
		assert(use_parity);
		// Parity and two stop bits
		case(data_bits)
		2'b00: assert(f_counter == ({2'h0, fsv_setup[23:0], 3'b0}
				+{3'h0, fsv_setup[23:0], 2'b00}	// 12
				- baud_counter - 2));
		2'b01: assert(f_counter == ({2'h0, fsv_setup[23:0], 3'b0}
				+{5'h0, fsv_setup[23:0]}	// 11
				+{4'h0, fsv_setup[23:0], 1'b0}
				- baud_counter - 2));
		2'b10: assert(f_counter == ({2'h0, fsv_setup[23:0], 3'b0}
				+{4'h0, fsv_setup[23:0], 1'b0} // 10
				- baud_counter - 2));
		2'b11: assert(f_counter == ({2'h0, fsv_setup[23:0], 3'b0}
				+{5'h0, fsv_setup[23:0]}	// 9
				- baud_counter - 2));
		endcase
	end
`endif

	//////////////////////////////////////////////////////////////////////
	//
	// Other properties, not necessarily associated with any sequences
	//
	//////////////////////////////////////////////////////////////////////
	always @(*)
		assert((state < 4'hb)||(state >= 4'he));
	//////////////////////////////////////////////////////////////////////
	//
	// Careless/limiting assumption section
	//
	//////////////////////////////////////////////////////////////////////
	always @(*)
		assume(i_setup[23:0] > 2);
	always @(*)
		assert(fsv_setup[23:0] > 2);

`endif	// FORMAL
endmodule